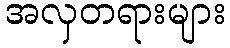
အလှတရားများ